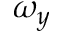
\omega _ { y }